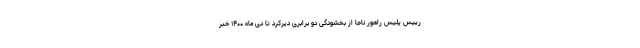
رییس پلیس راهور ناجا از بخشودگی دو برابری دیرکرد تا دی ماه ۱۴۰۰ خبر